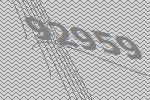
92959